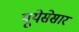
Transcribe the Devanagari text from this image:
यूयेसेसार